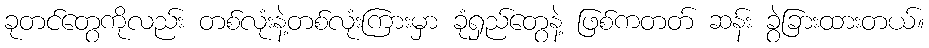
ခုတင်တွေကိုလည်း တစ်လုံးနဲ့တစ်လုံးကြားမှာ ခုံရှည်တွေနဲ့ ဖြစ်ကတတ် ဆန်း ခွဲခြားထားတယ်။